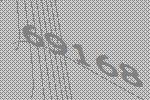
69168